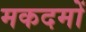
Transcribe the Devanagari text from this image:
मकदमों